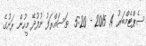
ސެޕްޓެމްބަރު 4